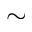
\sim